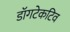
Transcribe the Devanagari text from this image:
डॉगटेकटिव